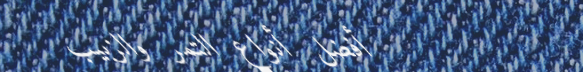
أفضل أنواع التمر والزبيب